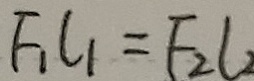
F _ { 1 } C _ { 1 } = F _ { 2 } l _ { 2 }